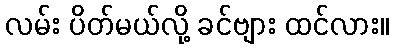
လမ်း ပိတ်မယ်လို့ ခင်ဗျား ထင်လား။